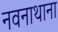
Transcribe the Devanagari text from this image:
नवनाथाना